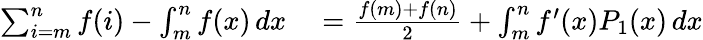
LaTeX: \begin{array}{rl}{\sum_{i=m}^{n}f(i)-\int_{m}^{n}f(x)\, dx}&{{}={\frac{f(m)+f(n)}{2}}+\int_{m}^{n}f^{\prime}(x)P_{1}(x)\, dx}\end{array}